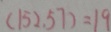
( 1 3 2 , 5 7 ) = 1 9